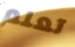
تعلم